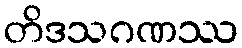
တိဒသဂဏဿ